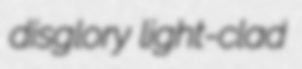
disglory light-clad